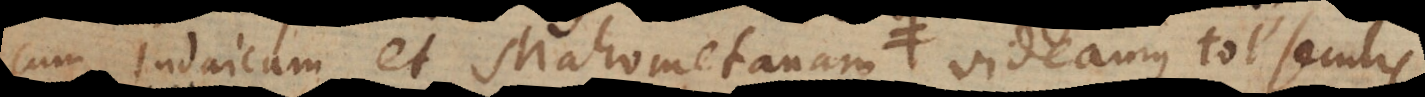
cum Judaicam et Mahometanam videamus tot annis